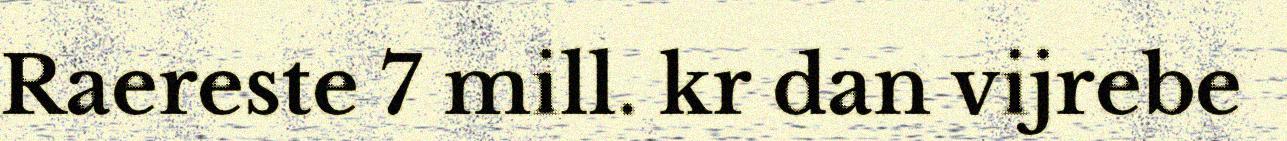
Raereste 7 mill. kr dan vijrebe